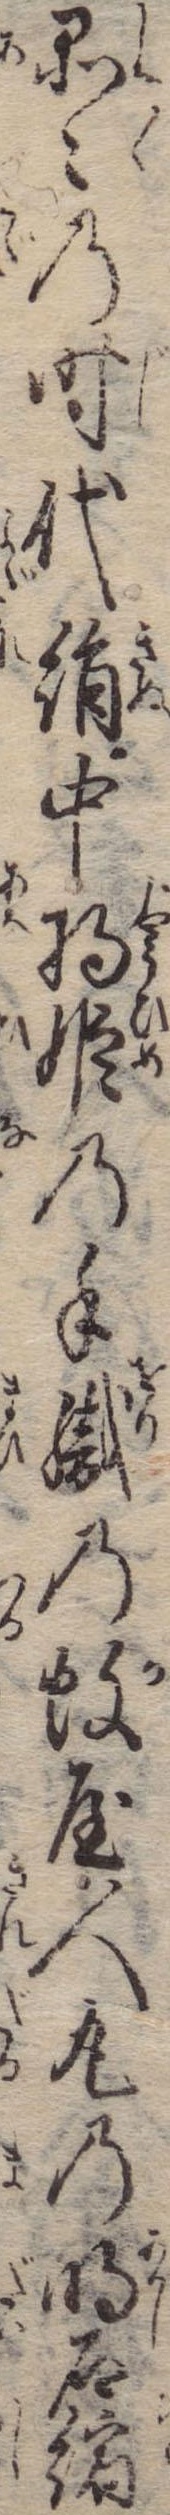
品々の時代絹中将姫の手織の蚊屋人丸の明石縮